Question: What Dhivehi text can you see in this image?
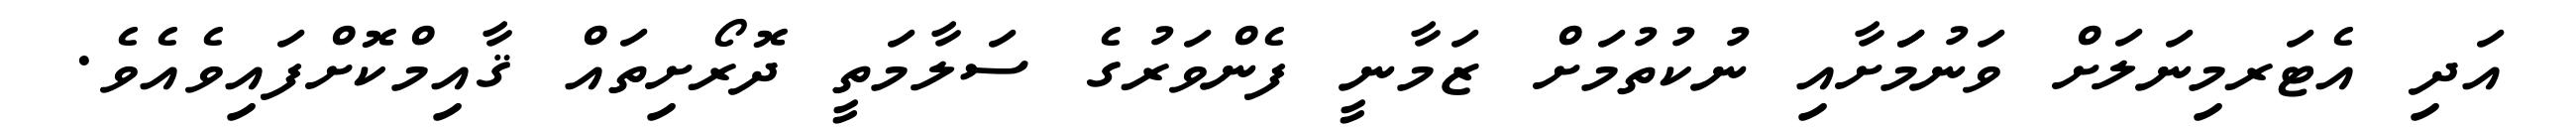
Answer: އަދި އެޓަރމިނަލަށް ވަނުމަަށާއި ނުކުތުމަށް ޒަމާނީ ފެންވަރުގެ ސަލާމަތީ ދޮރޯށިތައް ޤާއިމްކޮށްފައިވެއެވެ.